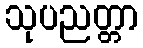
သုပညတ္တာ